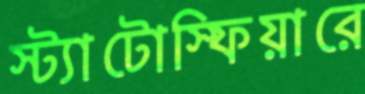
স্ট্যাটোস্ফিয়ারে